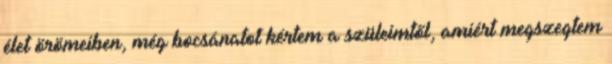
élet örömeiben, még bocsánatot kértem a szüleimtől, amiért megszegtem